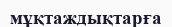
мұқтаждықтарға